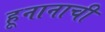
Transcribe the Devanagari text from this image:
हूनानाची